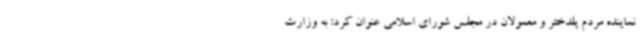
نماینده مردم پلدختر و معمولان در مجلس شورای اسلامی عنوان کرد: به وزارت